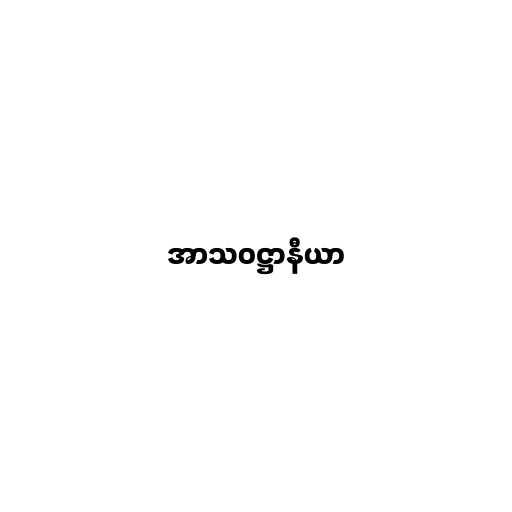
အာသဝဋ္ဌာနီယာ